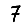
Digit: 7